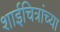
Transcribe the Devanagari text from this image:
शाईचित्रांच्या